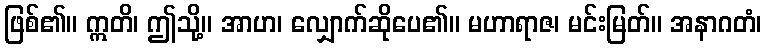
ဖြစ်၏။ ဣတိ၊ ဤသို့။ အာဟ၊ လျှောက်ဆိုပေ၏။ မဟာရာဇ၊ မင်းမြတ်။ အနာဂတံ၊